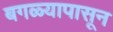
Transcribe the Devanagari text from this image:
बगळ्यापासून